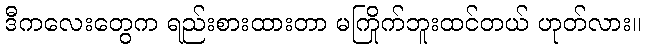
ဒီကလေးတွေက ရည်းစားထားတာ မကြိုက်ဘူးထင်တယ် ဟုတ်လား။